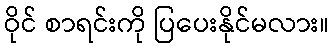
ဝိုင် စာရင်းကို ပြပေးနိုင်မလား။